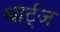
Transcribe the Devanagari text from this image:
श्वार्ट्‌ज